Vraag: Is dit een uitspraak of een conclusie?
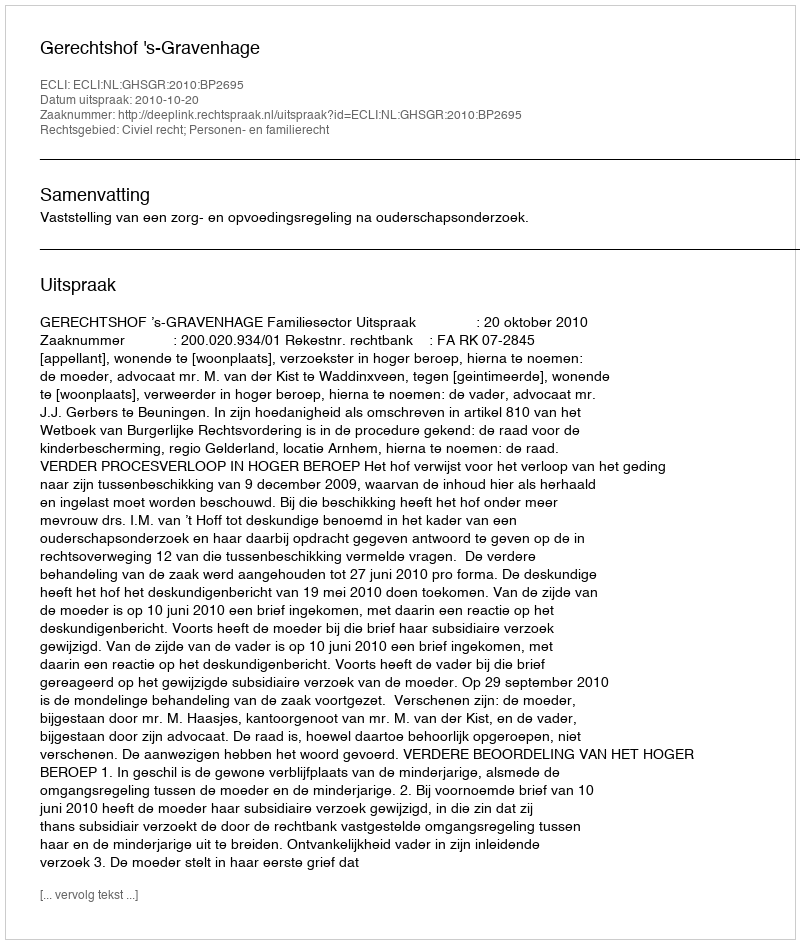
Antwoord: Uitspraak